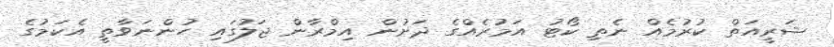
ޝަރީއަތް ކުރުމެއް ނެތި ކޯޓު އަމުރެއްގެ ދަށުން އިމްރާން ޖަލުގައި ހުންނަވާތީ އެކަމުގެ